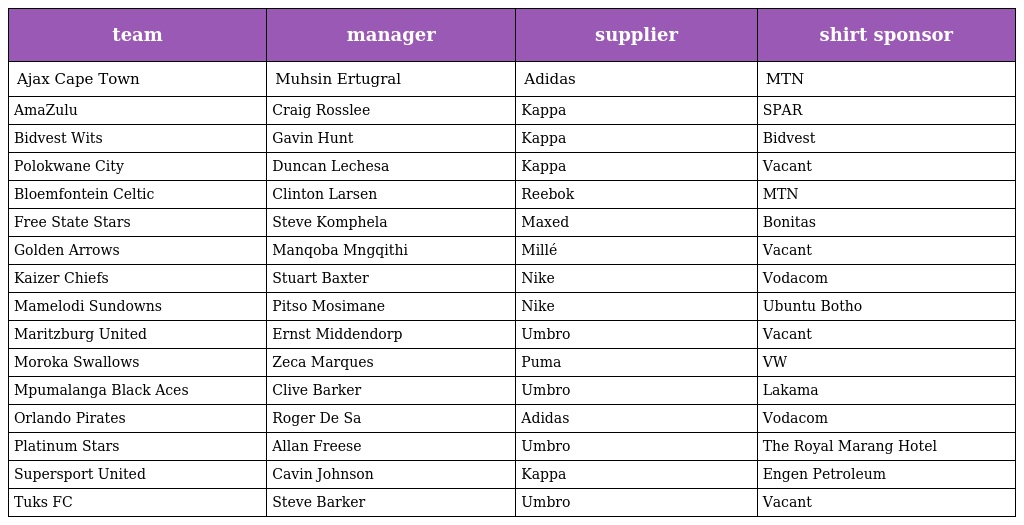
| team | manager | supplier | shirt sponsor |
 | --- | --- | --- | --- |
 | Ajax Cape Town | Muhsin Ertugral | Adidas | MTN |
 | AmaZulu | Craig Rosslee | Kappa | SPAR |
 | Bidvest Wits | Gavin Hunt | Kappa | Bidvest |
 | Polokwane City | Duncan Lechesa | Kappa | Vacant |
 | Bloemfontein Celtic | Clinton Larsen | Reebok | MTN |
 | Free State Stars | Steve Komphela | Maxed | Bonitas |
 | Golden Arrows | Manqoba Mngqithi | Millé | Vacant |
 | Kaizer Chiefs | Stuart Baxter | Nike | Vodacom |
 | Mamelodi Sundowns | Pitso Mosimane | Nike | Ubuntu Botho |
 | Maritzburg United | Ernst Middendorp | Umbro | Vacant |
 | Moroka Swallows | Zeca Marques | Puma | VW |
 | Mpumalanga Black Aces | Clive Barker | Umbro | Lakama |
 | Orlando Pirates | Roger De Sa | Adidas | Vodacom |
 | Platinum Stars | Allan Freese | Umbro | The Royal Marang Hotel |
 | Supersport United | Cavin Johnson | Kappa | Engen Petroleum |
 | Tuks FC | Steve Barker | Umbro | Vacant |